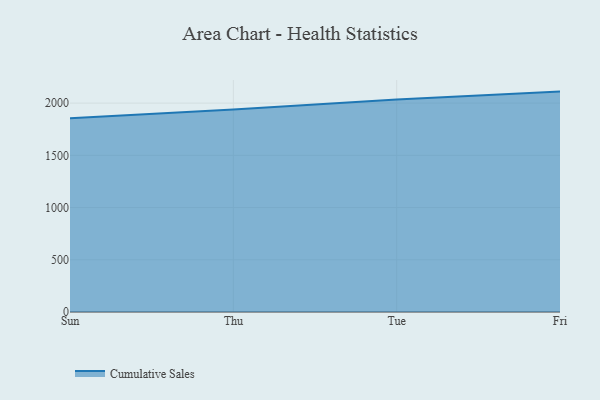
{"axis": {"x": "Day", "y": "Operating Costs (USD K)"}, "legend": ["Cumulative Sales"], "data": [{"x": "Sun", "y": 1854.9, "type": "Cumulative Sales"}, {"x": "Thu", "y": 1940.0, "type": "Cumulative Sales"}, {"x": "Tue", "y": 2033.7, "type": "Cumulative Sales"}, {"x": "Fri", "y": 2110.3, "type": "Cumulative Sales"}]}